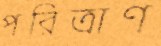
পরিত্রাণ